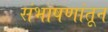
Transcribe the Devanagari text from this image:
संभाषणांतून